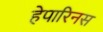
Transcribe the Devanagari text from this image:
हेपारिनस